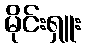
မိုင်းရှူး